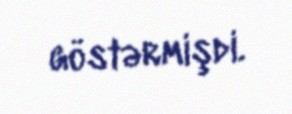
göstərmişdi.